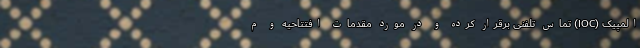
المپیک (IOC) تماس تلفنی برقرار کرده و در مورد مقدمات افتتاحیه و م